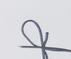
Signature authenticity: forged